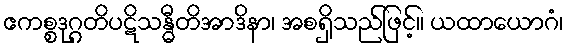
ဧကစ္စဒုဂ္ဂတိပဋိသန္ဓီတိအာဒိနာ၊ အစရှိသည်ဖြင့်။ ယထာယောဂံ၊